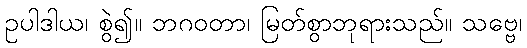
ဥပါဒါယ၊ စွဲ၍။ ဘဂဝတာ၊ မြတ်စွာဘုရားသည်။ သဗ္ဗေ၊